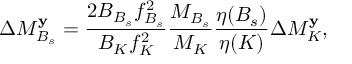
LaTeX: { \Delta } M _ { B _ { s } } ^ { \bf y } = \frac { 2 B _ { B _ { s } } { f } _ { B _ { s } } ^ { 2 } } { B _ { K } { f } _ { K } ^ { 2 } } \frac { M _ { B _ { s } } } { M _ { K } } \frac { { \eta } ( B _ { s } ) } { { \eta } ( K ) } { \Delta } M _ { K } ^ { \bf y } ,